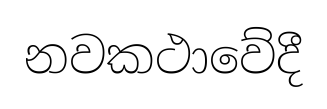
නවකථාවේදී